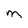
Character: m